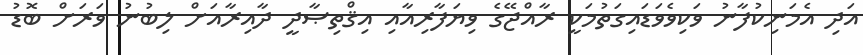
އަދި އެމަނިކުފާނު ވަކިވެވަޑައިގަތުމަކީ ރާއްޖޭގެ ވިޔަފާރިއާއި އިޤްތިޞާދީ ދާއިރާއަށް ލިބުނު ވަރަށް ބޮޑު